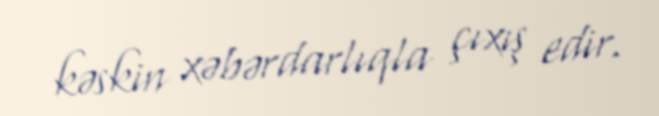
kəskin xəbərdarlıqla çıxış edir.